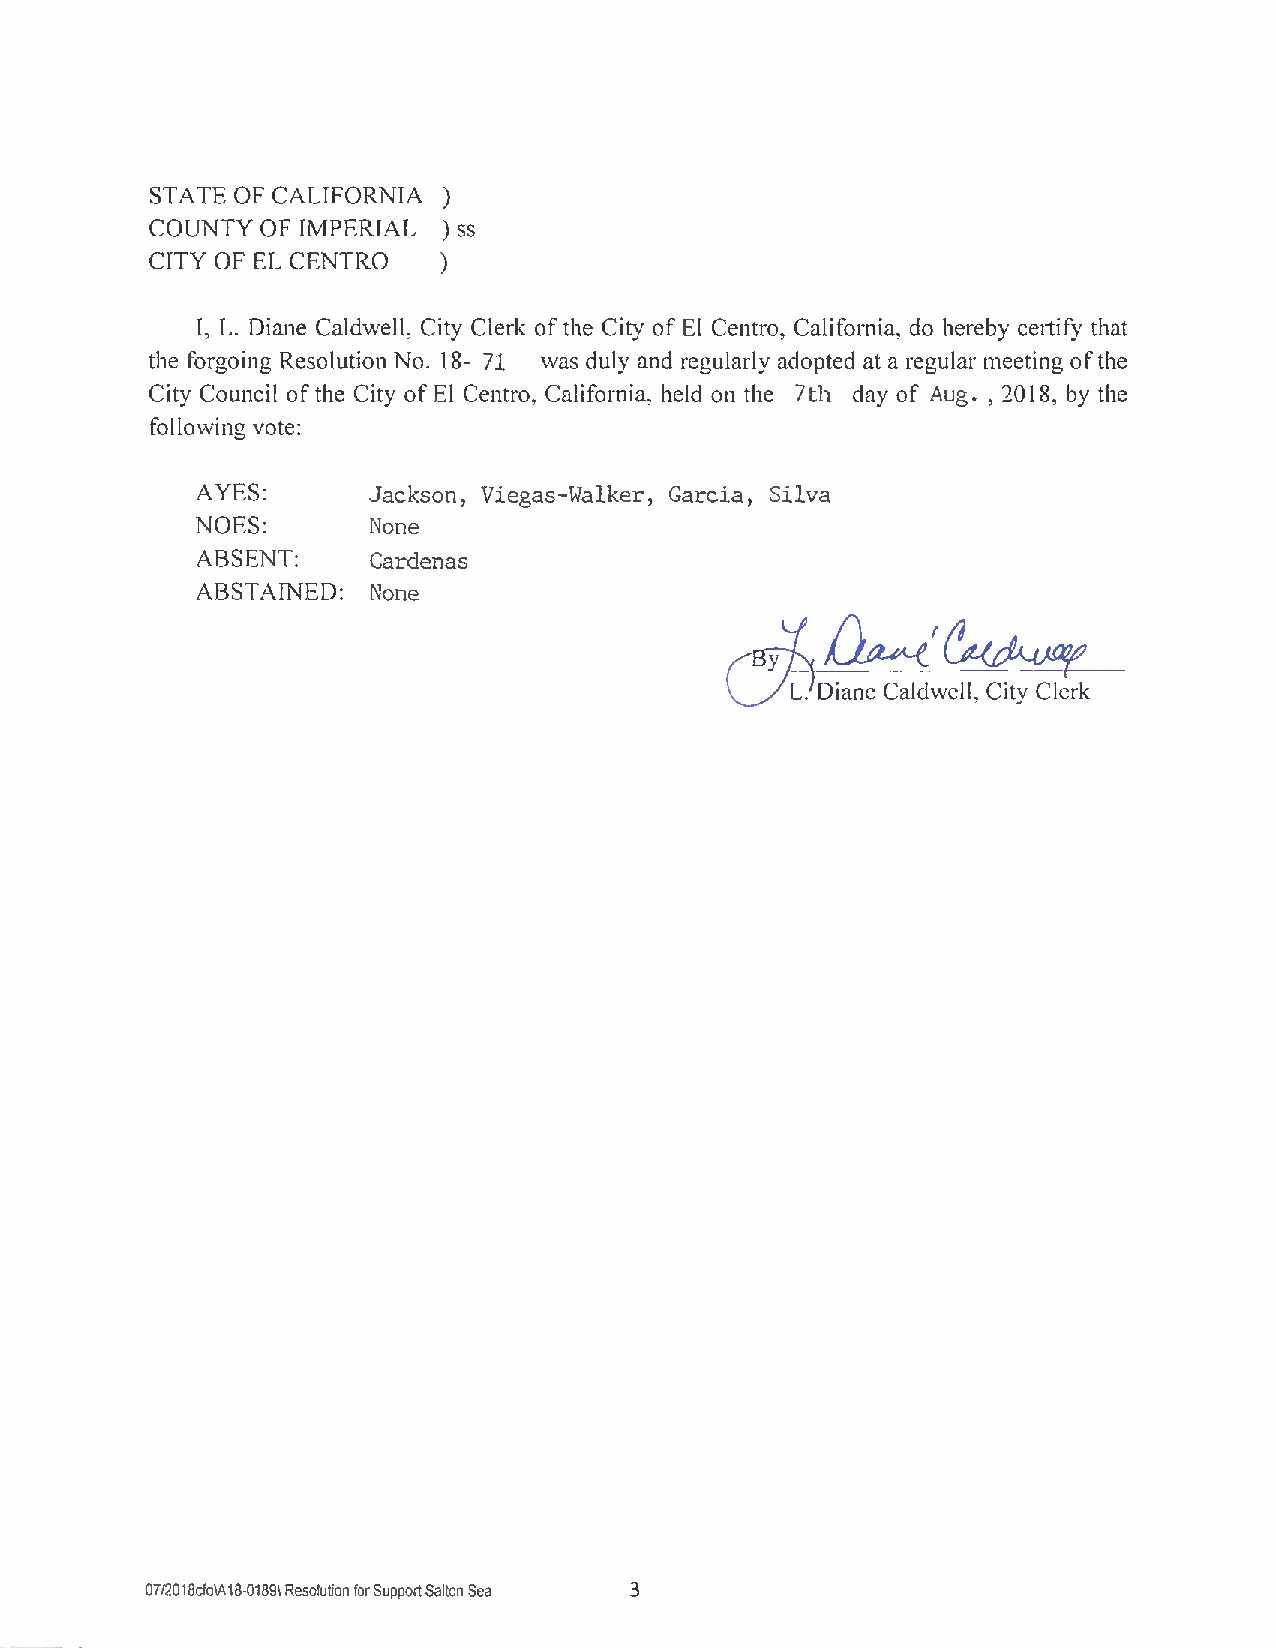
STATE OF CALIFORNIA )
 COUNTY OF IMPERIAL ) ss
 CITY OF EL CENTRO )
 I, L. Diane Caldwell, City Clerk of the City of El Centro, California, do hereby certify that
 the forgoing Resolution No. 18- 71 was duly and regularly adopted at a regular meeting ofthe
 City Council ofthe City ofEl Centro, California, held on the 7th day of Aug. , 2018, by the
 following vote:
 AYES:      Jackson, Viegas- Walker, Garcia, Silva
 NOES:      None
 ABSENT:    Cardenas
 ABSTAINED: None
 Y
 L. Diane Caldwell, City Clerk
 07/2018cfo% 1N1891 Resolution forSupport Salton Sea 3